Indian journal of veterinary science and animal husbandry - Volume 8,
Year: 1938
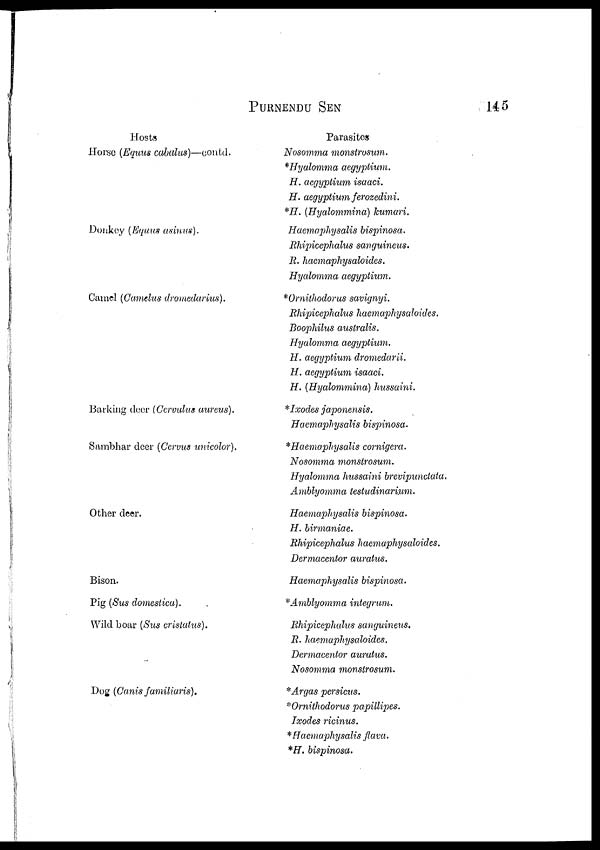
PURNENDU
SEN
145
Hosts
Horse (Equus cabalus)—contd.
Donkey (Equus asinus).
Camel (Camelus dromedarius).
Barking deer (Cervulus aureus).
Sambhar deer (Cervus unicolor).
Other deer.
Bison.
Pig (Sus domestica).
Wild boar (Sus cristatus).
Dog (Canis familiaris).
Parasites
Nosomma monstrosum.
*Hyalomma aegyptium.
H. aegyptium isaaci.
H. aegyptium ferozedini.
*H. (Hyalommina) kumari.
Haemaphysalis bispinosa.
Rhipicephalus sanguineus.
R. haemaphysaloides.
Hyalomma aegyptium.
*Ornithodorus savignyi.
Rhipicephalus haemaphysaloides.
Boophilus australis.
Hyalomma aegyptium.
H.aegyptium dromedarii.
H. aegyptium isaaci.
H. (Hyalommina) hussaini.
*Ixodes japonensis.
Haemaphysalis bispinosa.
*Haemaphysalis cornigera.
Nosomma monstrosum.
Hyalomma hussaini brevipunctata.
Amblyomma testudinarium.
Haemaphysalis bispinosa.
H. birmaniae.
Rhipicephalus haemaphysaloides.
Dermacentor auratus.
Haemaphysalis bispinosa.
*Amblyomma integrum.
Rhipicephalus sanguineus.
R. haemaphysaloides.
Dermacentor auratus.
Nosomma monstrosum.
*Argas persicus.
*Ornithodorus papillipes.
Ixodes ricinus.
* Haemaphysalis flava.
*H. bispinosa.